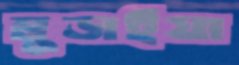
মুড়াইয়া